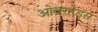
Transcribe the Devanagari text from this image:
ओवरहेड्स